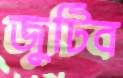
জুটিব